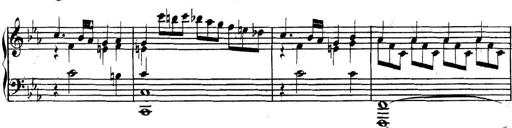
Title: Collected Piano Sonatas
Composer: Muzio Clementi